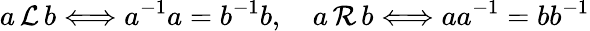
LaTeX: a\, {\mathcal{L}}\, b\Longleftrightarrow a^{-1}a=b^{-1}b,\quad a\, {\mathcal{R}}\, b\Longleftrightarrow aa^{-1}=bb^{-1}